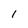
Character: 1